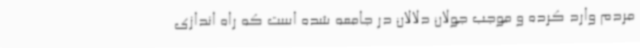
مردم وارد کرده و موجب جولان دلالان در جامعه شده است که راه اندازی